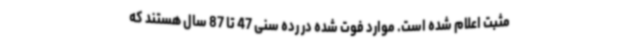
مثبت اعلام‌ شده است. موارد فوت شده در رده سنی 47 تا 87 سال هستند که